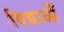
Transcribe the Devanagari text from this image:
विद्याओँ